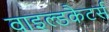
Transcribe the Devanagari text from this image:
वाइल्डकैटर्स